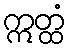
ဣတ္ထံ